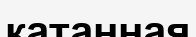
катанная